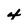
Character: 4